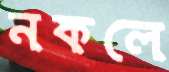
নকলে